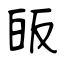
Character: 皈